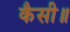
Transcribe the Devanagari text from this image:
कैसी॥